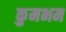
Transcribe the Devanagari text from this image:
कुमभम